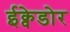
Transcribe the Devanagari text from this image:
ईक्वेडोर